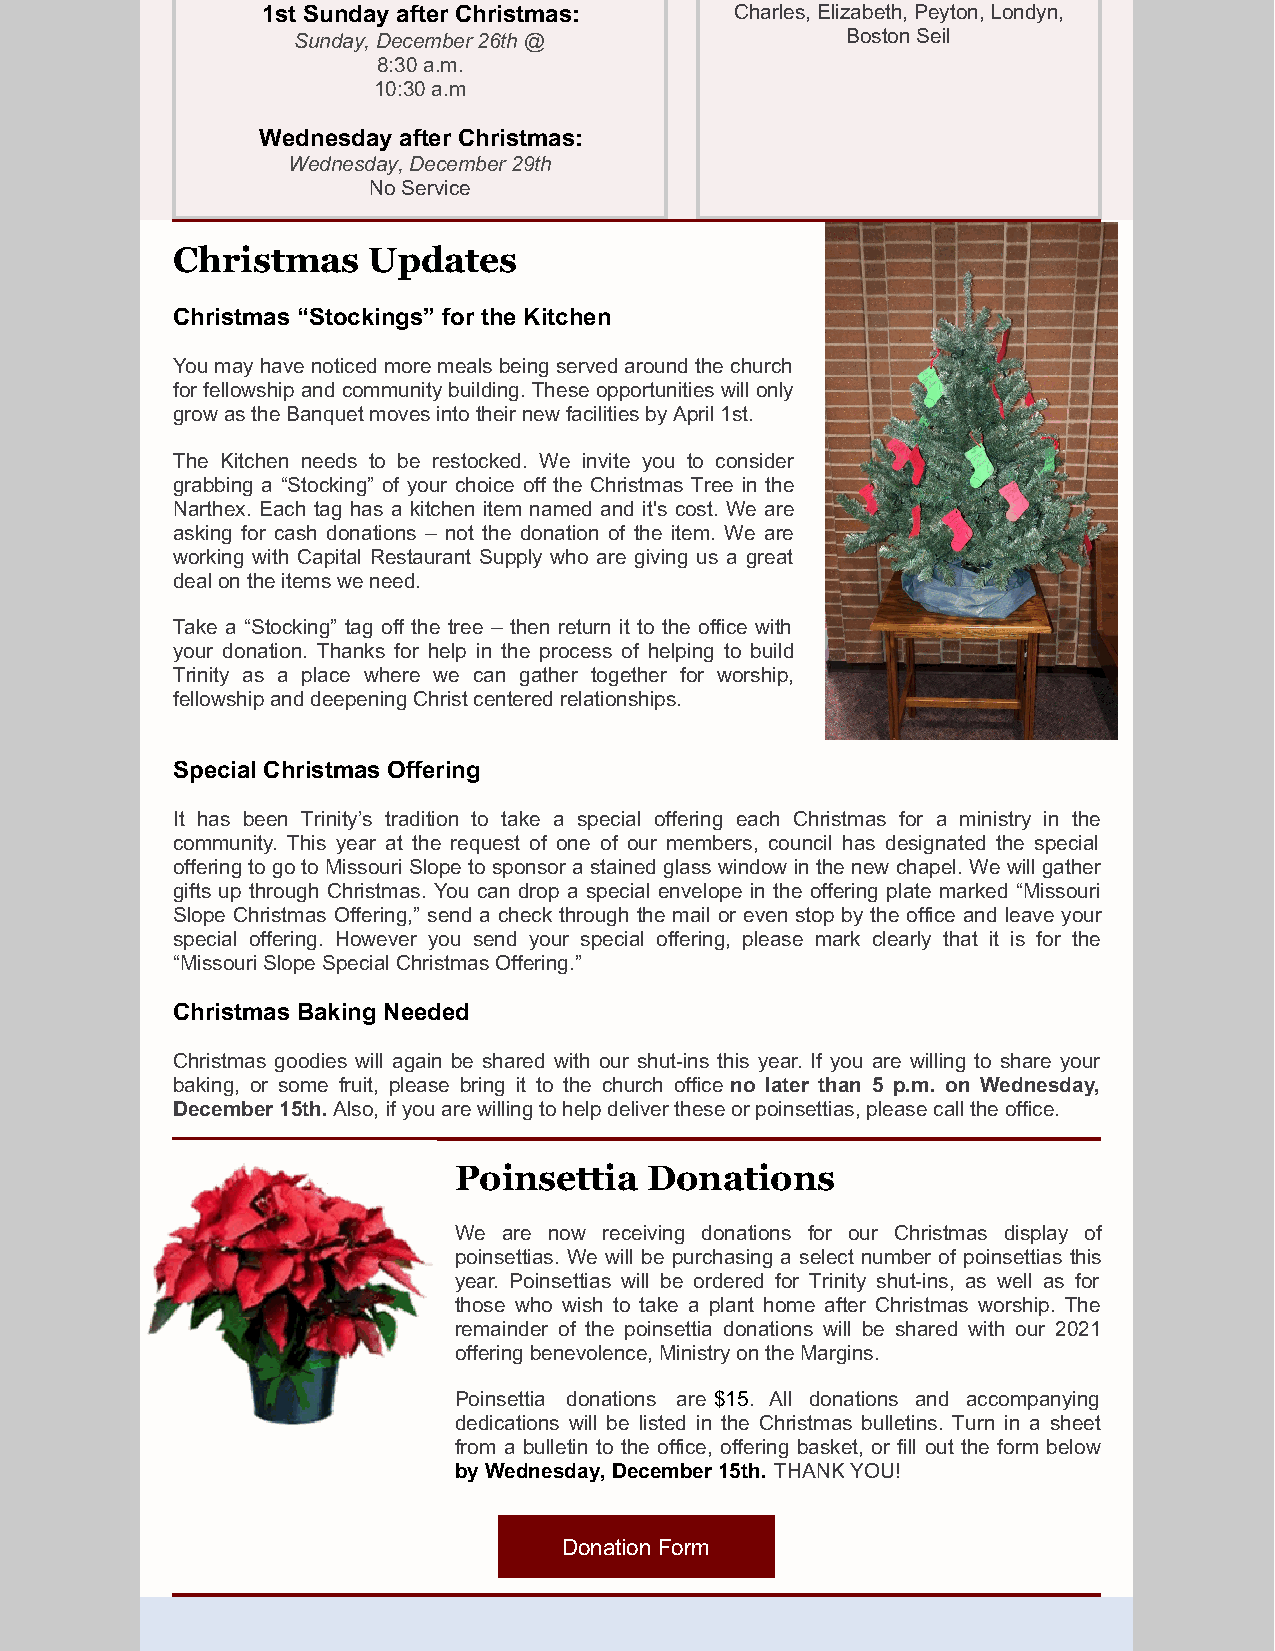
1st Sunday after Christmas:     Charles, Elizabeth, Peyton, Londyn,
 Sunday, December 26th @              Boston Seil
 8:30 a.m.
 10:30 a.m
 Wednesday after Christmas:
 Wednesday, December 29th
 No Service
 Christmas    Updates
 Christmas “Stockings” for the Kitchen
 You may have noticed more meals being served around the church
 for fellowship and community building. These opportunities will only
 grow as the Banquet moves into their new facilities by April 1st.
 The Kitchen needs to be restocked. We invite you to consider
 grabbing a “Stocking” of your choice off the Christmas Tree in the
 Narthex. Each tag has a kitchen item named and it's cost. We are
 asking for cash donations – not the donation of the item. We are
 working with Capital Restaurant Supply who are giving us a great
 deal on the items we need.
 Take a “Stocking” tag off the tree – then return it to the office with
 your donation. Thanks for help in the process of helping to build
 Trinity as a place where we can gather together for worship,
 fellowship and deepening Christ centered relationships.
 Special Christmas Offering
 It has been Trinity’s tradition to take a special offering each Christmas for a ministry in the
 community. This year at the request of one of our members, council has designated the special
 offering to go to Missouri Slope to sponsor a stained glass window in the new chapel. We will gather
 gifts up through Christmas. You can drop a special envelope in the offering plate marked “Missouri
 Slope Christmas Offering,” send a check through the mail or even stop by the office and leave your
 special offering. However you send your special offering, please mark clearly that it is for the
 “Missouri Slope Special Christmas Offering.”
 Christmas Baking Needed
 Christmas goodies will again be shared with our shut-ins this year. If you are willing to share your
 baking, or some fruit, please bring it to the church office no later than 5 p.m. on Wednesday,
 December 15th. Also, if you are willing to help deliver these or poinsettias, please call the office.
 Poinsettia   Donations
 We are now receiving donations for our Christmas display of
 poinsettias. We will be purchasing a select number of poinsettias this
 year. Poinsettias will be ordered for Trinity shut-ins, as well as for
 those who wish to take a plant home after Christmas worship. The
 remainder of the poinsettia donations will be shared with our 2021
 offering benevolence, Ministry on the Margins.
 Poinsettia donations are $15. All donations and accompanying
 dedications will be listed in the Christmas bulletins. Turn in a sheet
 from a bulletin to the office, offering basket, or fill out the form below
 by Wednesday, December 15th. THANK YOU!
 Donation Form